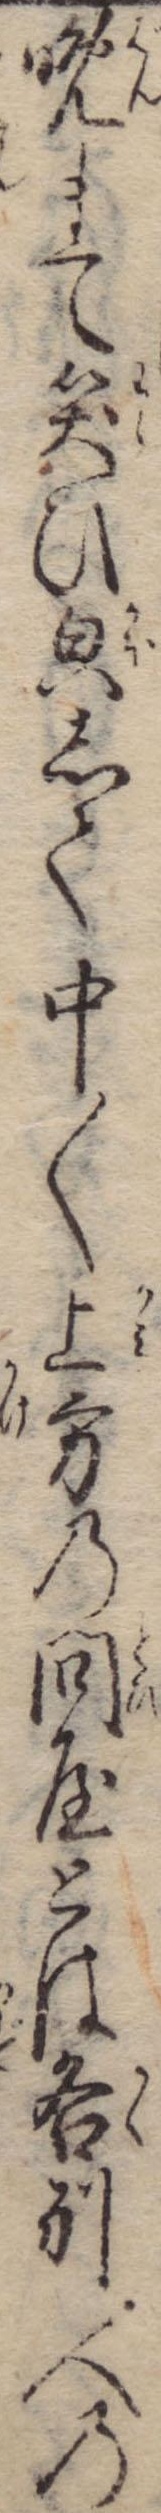
晩まて笑ひ貌して中〱上方の問屋とは各別人の